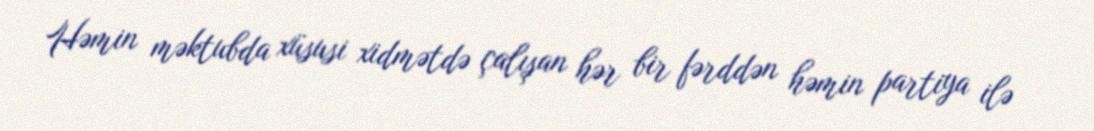
Həmin məktubda xüsusi xidmətdə çalışan hər bir fərddən həmin partiya ilə